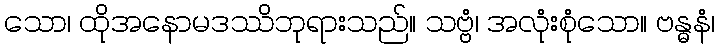
သော၊ ထိုအနောမဒဿိဘုရားသည်။ သဗ္ဗံ၊ အလုံးစုံသော။ ဗန္ဓနံ၊